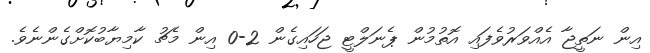
އިން ނަތީޖާ އެއްވަރުވެފައި އޮތުމުން ޕެނަލްޓީ ޖަހައިގެން 2-0 އިން މެޗު ކާމިޔާބުކޮށްގެންނެވެ.